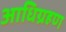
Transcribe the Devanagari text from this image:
आधिग्रहण